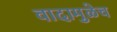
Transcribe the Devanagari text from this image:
वादामुळेच